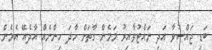
ބަޑި ޖައްސުވާ އަދި ނައްޓުވާއިރު މަމެން ގާތަށް ހާދަ ހިންނެއް އާދެއޭ އެމެން